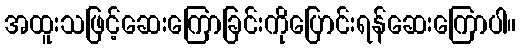
အထူးသဖြင့်ဆေးကြောခြင်းကိုပြောင်းရန်ဆေးကြောပါ။